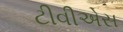
ટીવીએસ